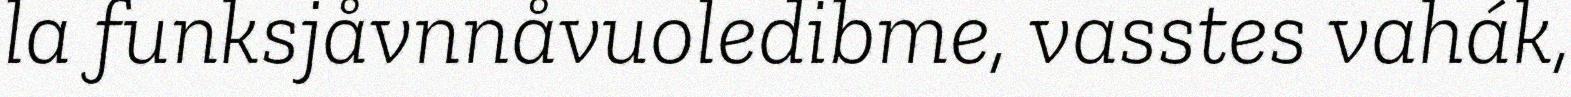
la funksjåvnnåvuoledibme, vasstes vahák,